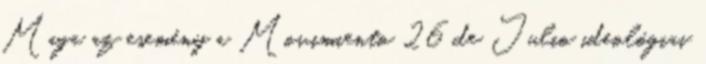
Maga az esemény a Movimiento 26 de Julio ideológiai